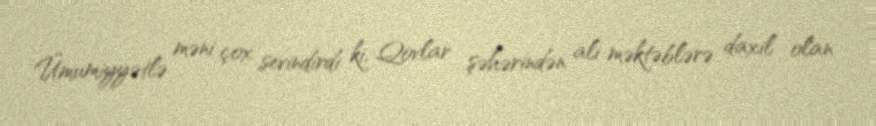
Ümumiyyətlə məni çox sevindirdi ki, Qovlar şəhərindən ali məktəblərə daxil olan